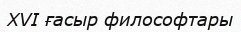
XVI ғасыр философтары